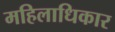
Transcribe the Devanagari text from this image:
महिलाधिकार